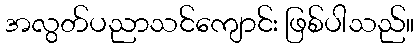
အလွတ်ပညာသင်ကျောင်း ဖြစ်ပါသည်။